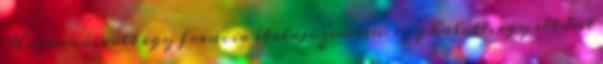
Robbanás volt egy francia étolajüzemben: egy halott, egy eltűnt